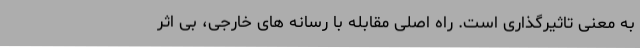
به معنی تاثیرگذاری است. راه اصلی مقابله با رسانه های خارجی، بی اثر